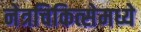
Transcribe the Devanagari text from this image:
नेत्रचिकित्सेमध्ये